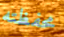
محفظته